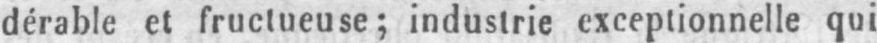
dérable et fructueuse; industrie exceptionnelle qui